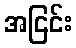
အငြင်း